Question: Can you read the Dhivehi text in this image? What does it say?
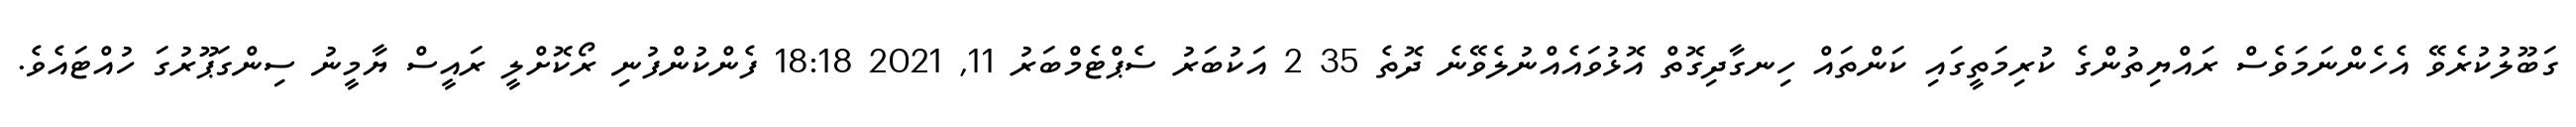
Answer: ގަބޫލުކުރެވޭ އެހެންނަމަވެސް ރައްޔިތުންގެ ކުރިމަތީގައި ކަންތައް ހިނގާދިގޮތް އޮޅުވައެއްނުލެވޭނެ ދޮތެ 35 2 އަކުބަރު ސެޕްޓެމްބަރު 11, 2021 18:18 ފެންކުންފުނި ރޯކޮށްލީ ރައީސް ޔާމީނު ސިންގަޕޫރުގަ ހުއްޓައެވެ.